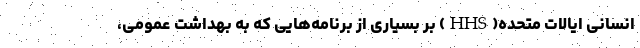
انسانی ایالات متحده(HHS) بر بسیاری از برنامه‌هایی که به بهداشت عمومی،